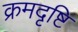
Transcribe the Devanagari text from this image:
क्रमदृष्टि